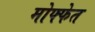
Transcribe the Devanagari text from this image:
मोफ्फेत